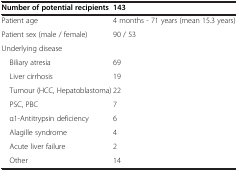
| Number of potential recipients | 143 |
 | --- | --- |
 | Patient age | 4 months - 71 years (mean 15.3 years) |
 | Patient sex (male / female) | 90 / 53 |
 | Underlying disease |  |
 | Biliary atresia | 69 |
 | Liver cirrhosis | 19 |
 | Tumour (HCC, Hepatoblastoma) | 22 |
 | PSC, PBC | 7 |
 | α1-Antitrypsin deficiency | 6 |
 | Alagille syndrome | 4 |
 | Acute liver failure | 2 |
 | Other | 14 |